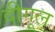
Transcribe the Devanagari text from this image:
दीगूल